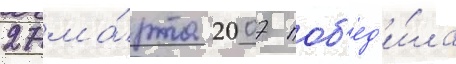
27 ма́рта 2007 поб'ед'и́ла